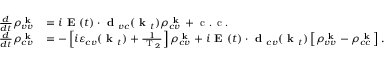
\begin{array} { r l } { \frac { d } { d t } \rho _ { v v } ^ { \textbf { k } } } & { = i \textbf { E } ( t ) \cdot \textbf { d } _ { v c } ( \textbf { k } _ { t } ) \rho _ { c v } ^ { \textbf { k } } + \textrm { c . c . } } \\ { \frac { d } { d t } \rho _ { c v } ^ { \textbf { k } } } & { = - \left[ i \varepsilon _ { c v } ( \textbf { k } _ { t } ) + \frac { 1 } { \textrm { T } _ { 2 } } \right] \rho _ { c v } ^ { \textbf { k } } + i \textbf { E } ( t ) \cdot \textbf { d } _ { c v } ( \textbf { k } _ { t } ) \left[ \rho _ { v v } ^ { \textbf { k } } - \rho _ { c c } ^ { \textbf { k } } \right] . } \end{array}